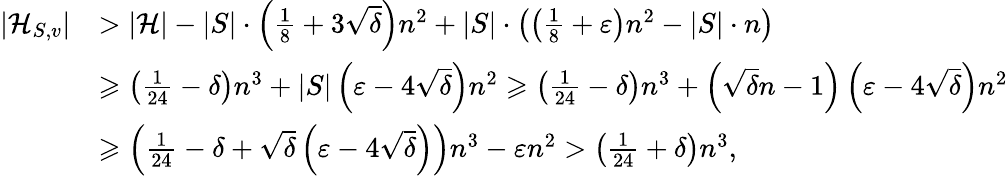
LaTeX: \begin{array}{rl}{|\mathcal{H}_{S,v}|}&{>|\mathcal{H}|-|S|\cdot\left(\frac{1}{8}+3\sqrt{\delta}\right)n^{2}+|S|\cdot\left(\left(\frac{1}{8}+\varepsilon\right)n^{2}-|S|\cdot n\right)}\\ &{\geqslant\left(\frac{1}{24}-\delta\right)n^{3}+|S|\left(\varepsilon-4\sqrt{\delta}\right)n^{2}\geqslant\left(\frac{1}{24}-\delta\right)n^{3}+\left(\sqrt{\delta}n-1\right)\left(\varepsilon-4\sqrt{\delta}\right)n^{2}}\\ &{\geqslant\left(\frac{1}{24}-\delta+\sqrt{\delta}\left(\varepsilon-4\sqrt{\delta}\right)\right)n^{3}-\varepsilon n^{2}>\left(\frac{1}{24}+\delta\right)n^{3},}\end{array}